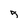
Character: 5